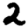
Digit: 2